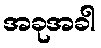
အခုအခါ